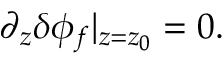
\partial _ { z } \delta \phi _ { f } \vert _ { z = z _ { 0 } } = 0 .